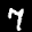
Label: 7